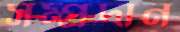
সম্প্রদান